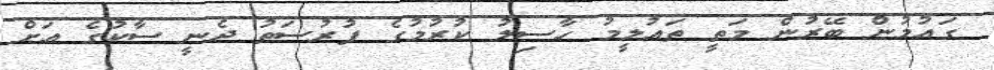
ގައުމުން ބޭރުން މަތީ ތައުލީމު ހާސިލު ކުރުމުގެ ފުރުސަތު ދެނީ ސާކުގެ އަށް